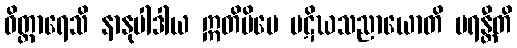
ဝိတ္ထာရေသိ နာနုပါဒါယ ဣတိပိပေ ပဋိဃသညာယောတိ မရန္တီတိ